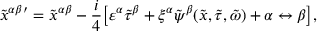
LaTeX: { \tilde { x } ^ { \alpha \beta } } { } ^ { \prime } = { \tilde { x } ^ { \alpha \beta } } - \frac { i } { 4 } \big [ \varepsilon ^ { \alpha } { \tilde { \tau } } ^ { \beta } + \xi ^ { \alpha } \tilde { \psi } ^ { \beta } ( \tilde { x } , { \tilde { \tau } } , { \tilde { \omega } } ) + \alpha \leftrightarrow \beta \big ] ,